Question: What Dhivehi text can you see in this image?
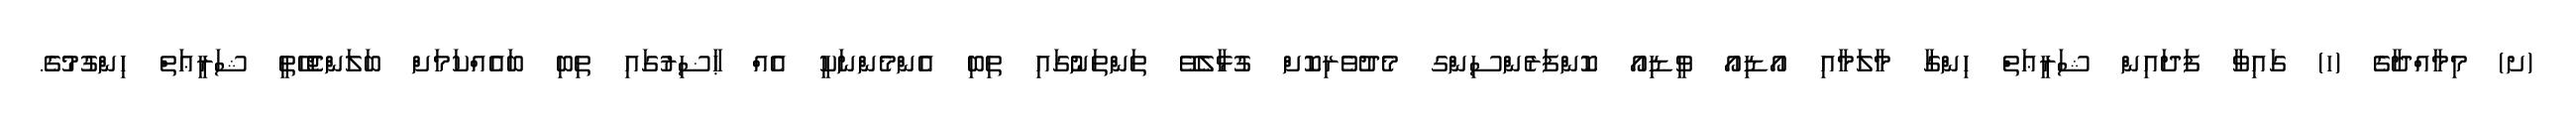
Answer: (ށ) މިމާއްދާގެ (ހ) ގައިވާ ފަދައިން ޝަރީޢަތް ހިންގާ މާލަމާއި އޯޑިއޯ ވީޑިއޯ ކޮންފަރެންސިންގ މެދުވެރިކޮށް ގުޅާލެވޭ ތަންތަނުގައި ތިބި އެންމެންނަކީ އެއް ޙާޟިރުގައި ތިބި ބައެއްކަމަށް ބަލަންޖެހޭތީ ޝަރީޢަތް ހިންގުމުގެ.